Indian journal of veterinary science and animal husbandry - Volume 10,
Year: 1940
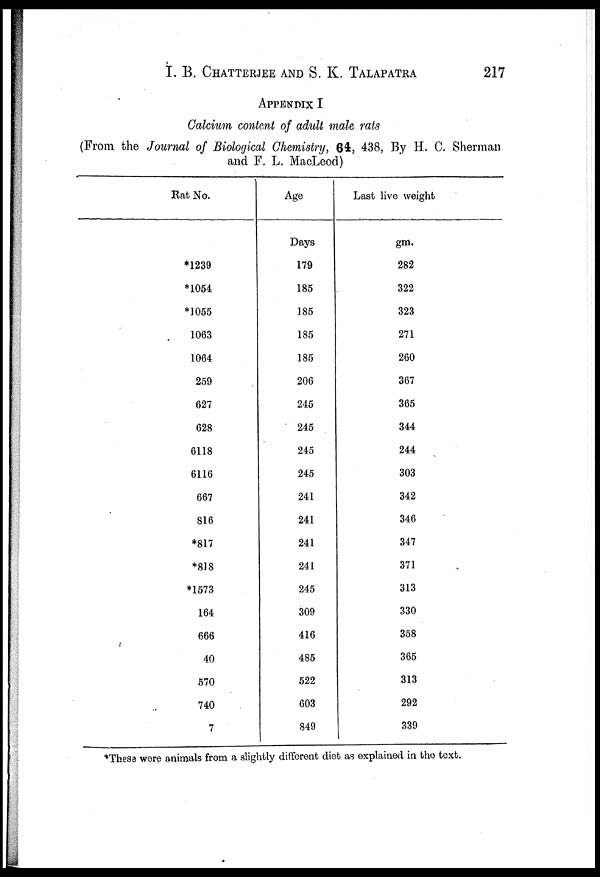
I.B. CHATTERJEE AND S. K. TALAPATRA 217
APPENDIX I
Calcium content of adult male rats
(From the Journal of Biological Chemistry, 64, 438, By H. C. Sherman
and F. L. MacLeod)
Rat No.
*1239
*1054
*1055
1063
1064
259
627
628
6118
6116
667
816
*817
*818
*1573
164
666
40
570
740
7
Age
Days
179
185
185
185
185
206
245
245
245
245
241
241
241
241
245
309
416
485
522
603
849
Last live weight
gm.
282
322
323
271
260
367
365
344
244
303
342
346
347
371
313
330
358
365
313
292
339
*These were animals from a slightly different diet as explained in the text.